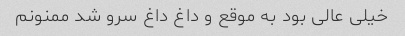
خیلی عالی بود به موقع و داغ داغ سرو شد ممنونم